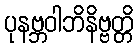
ပုနဗ္ဘဝါဘိနိဗ္ဗတ္တိ